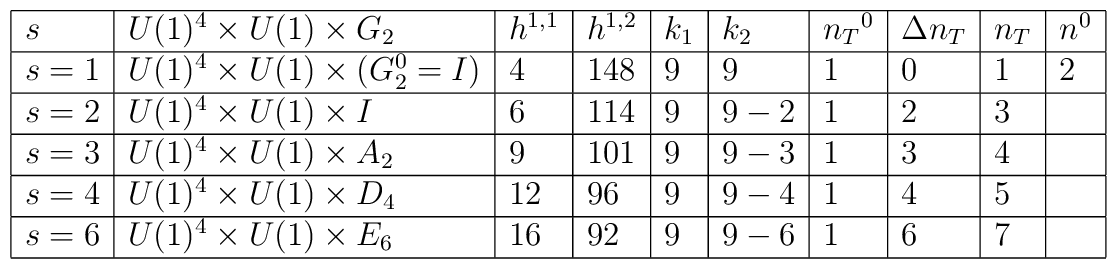
\begin{array}{|l|l|l|l|l|l|l|l|l|l|}\hline  s & U(1)^4  \times U(1)  \times G_2 & h^{1,1}&h^{1,2} &  k_1&k_2&{n_T}^0&\Delta n_T& n_T &n^0\\  \hline  s=1    & U(1)^4 \times U(1)   \times (G_2^0=I)           &   4    & 148    & 9 & 9 &1     &  0  & 1& 2\\ \hline  s=2 & U(1)^4  \times U(1) \times I                  & 6       & 114        & 9 & 9-2      & 1&2&3 & \\ \hline  s=3&U(1)^4   \times U(1)\times A_2 & 9 & 101 & 9 & 9-3    & 1&3&4 &\\ \hline  s=4&U(1)^4   \times U(1) \times D_4 & 12 & 96   & 9    & 9 -4    & 1&4&5&  \\ \hline  s=6&U(1)^4   \times U(1)\times E_6  & 16 & 92   & 9    & 9 -6    & 1&6&7&  \\ \hline  \end{array}